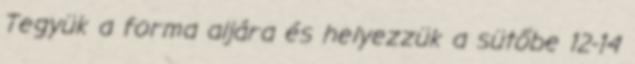
Tegyük a forma aljára és helyezzük a sütőbe 12-14